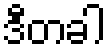
ဒီတခါ